Source: Handwritten
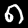
Digit: ၈ (8)